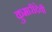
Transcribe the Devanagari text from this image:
कुमारीदेवी